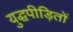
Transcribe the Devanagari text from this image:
युद्धपीड़ितों